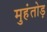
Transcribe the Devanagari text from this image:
मुहंतोड़